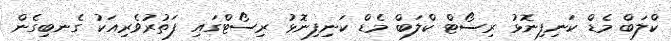
ކްލަބް މެޑް ކަނިފިނޮޅު ރިސޯޓް ކްލަބް މެޑް ކަނިފިނޮޅު ރިސޯޓްގައި ފަތުރުވެރިއަކު ގެނބިގެން